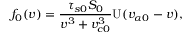
f _ { 0 } ( v ) = \frac { \tau _ { s 0 } S _ { 0 } } { v ^ { 3 } + v _ { c 0 } ^ { 3 } } \mathrm { U } ( v _ { \alpha 0 } - v ) ,